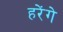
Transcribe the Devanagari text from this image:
हरेंगे